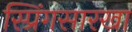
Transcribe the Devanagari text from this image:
स्प्रिंगसारखा